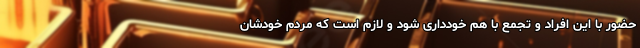
حضور با این افراد و تجمع با هم خودداری شود و لازم است که مردم خودشان